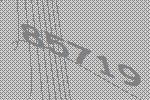
85719